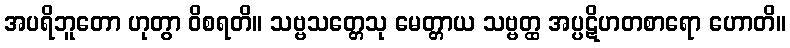
အပရိဘူတော ဟုတွာ ဝိစရတိ။ သဗ္ဗသတ္တေသု မေတ္တာယ သဗ္ဗတ္ထ အပ္ပဋိဟတစာရော ဟောတိ။